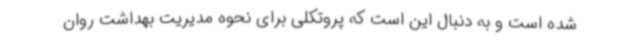
شده است و به دنبال این است که پروتکلی برای نحوه مدیریت بهداشت روان